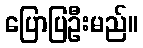
ပြောပြဦးမည်။